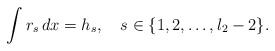
\begin{align*}\int r_s \, dx = h_s, \quad s \in \{1,2, \ldots, l_2-2 \}.\end{align*}